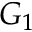
G _ { 1 }